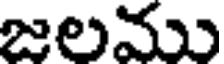
జలము